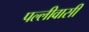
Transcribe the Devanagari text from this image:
पल्लीवासी